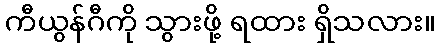
ကီယွန်ဂီကို သွားဖို့ ရထား ရှိသလား။